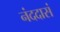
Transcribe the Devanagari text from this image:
नंददासं